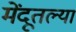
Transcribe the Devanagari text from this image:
मेंदूतल्या